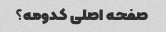
صفحه اصلی کدومه؟